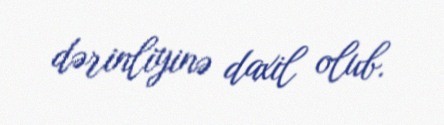
dərinliyinə daxil olub.